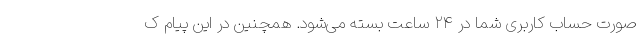
صورت حساب کاربری شما در ۲۴ ساعت بسته می‌شود. همچنین در این پیام ک